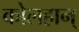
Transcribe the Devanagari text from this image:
कोलहान्